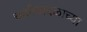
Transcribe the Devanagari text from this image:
चक्रीवादळाच्या